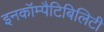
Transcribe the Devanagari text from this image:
इनकॉम्पैटिबिलिटी